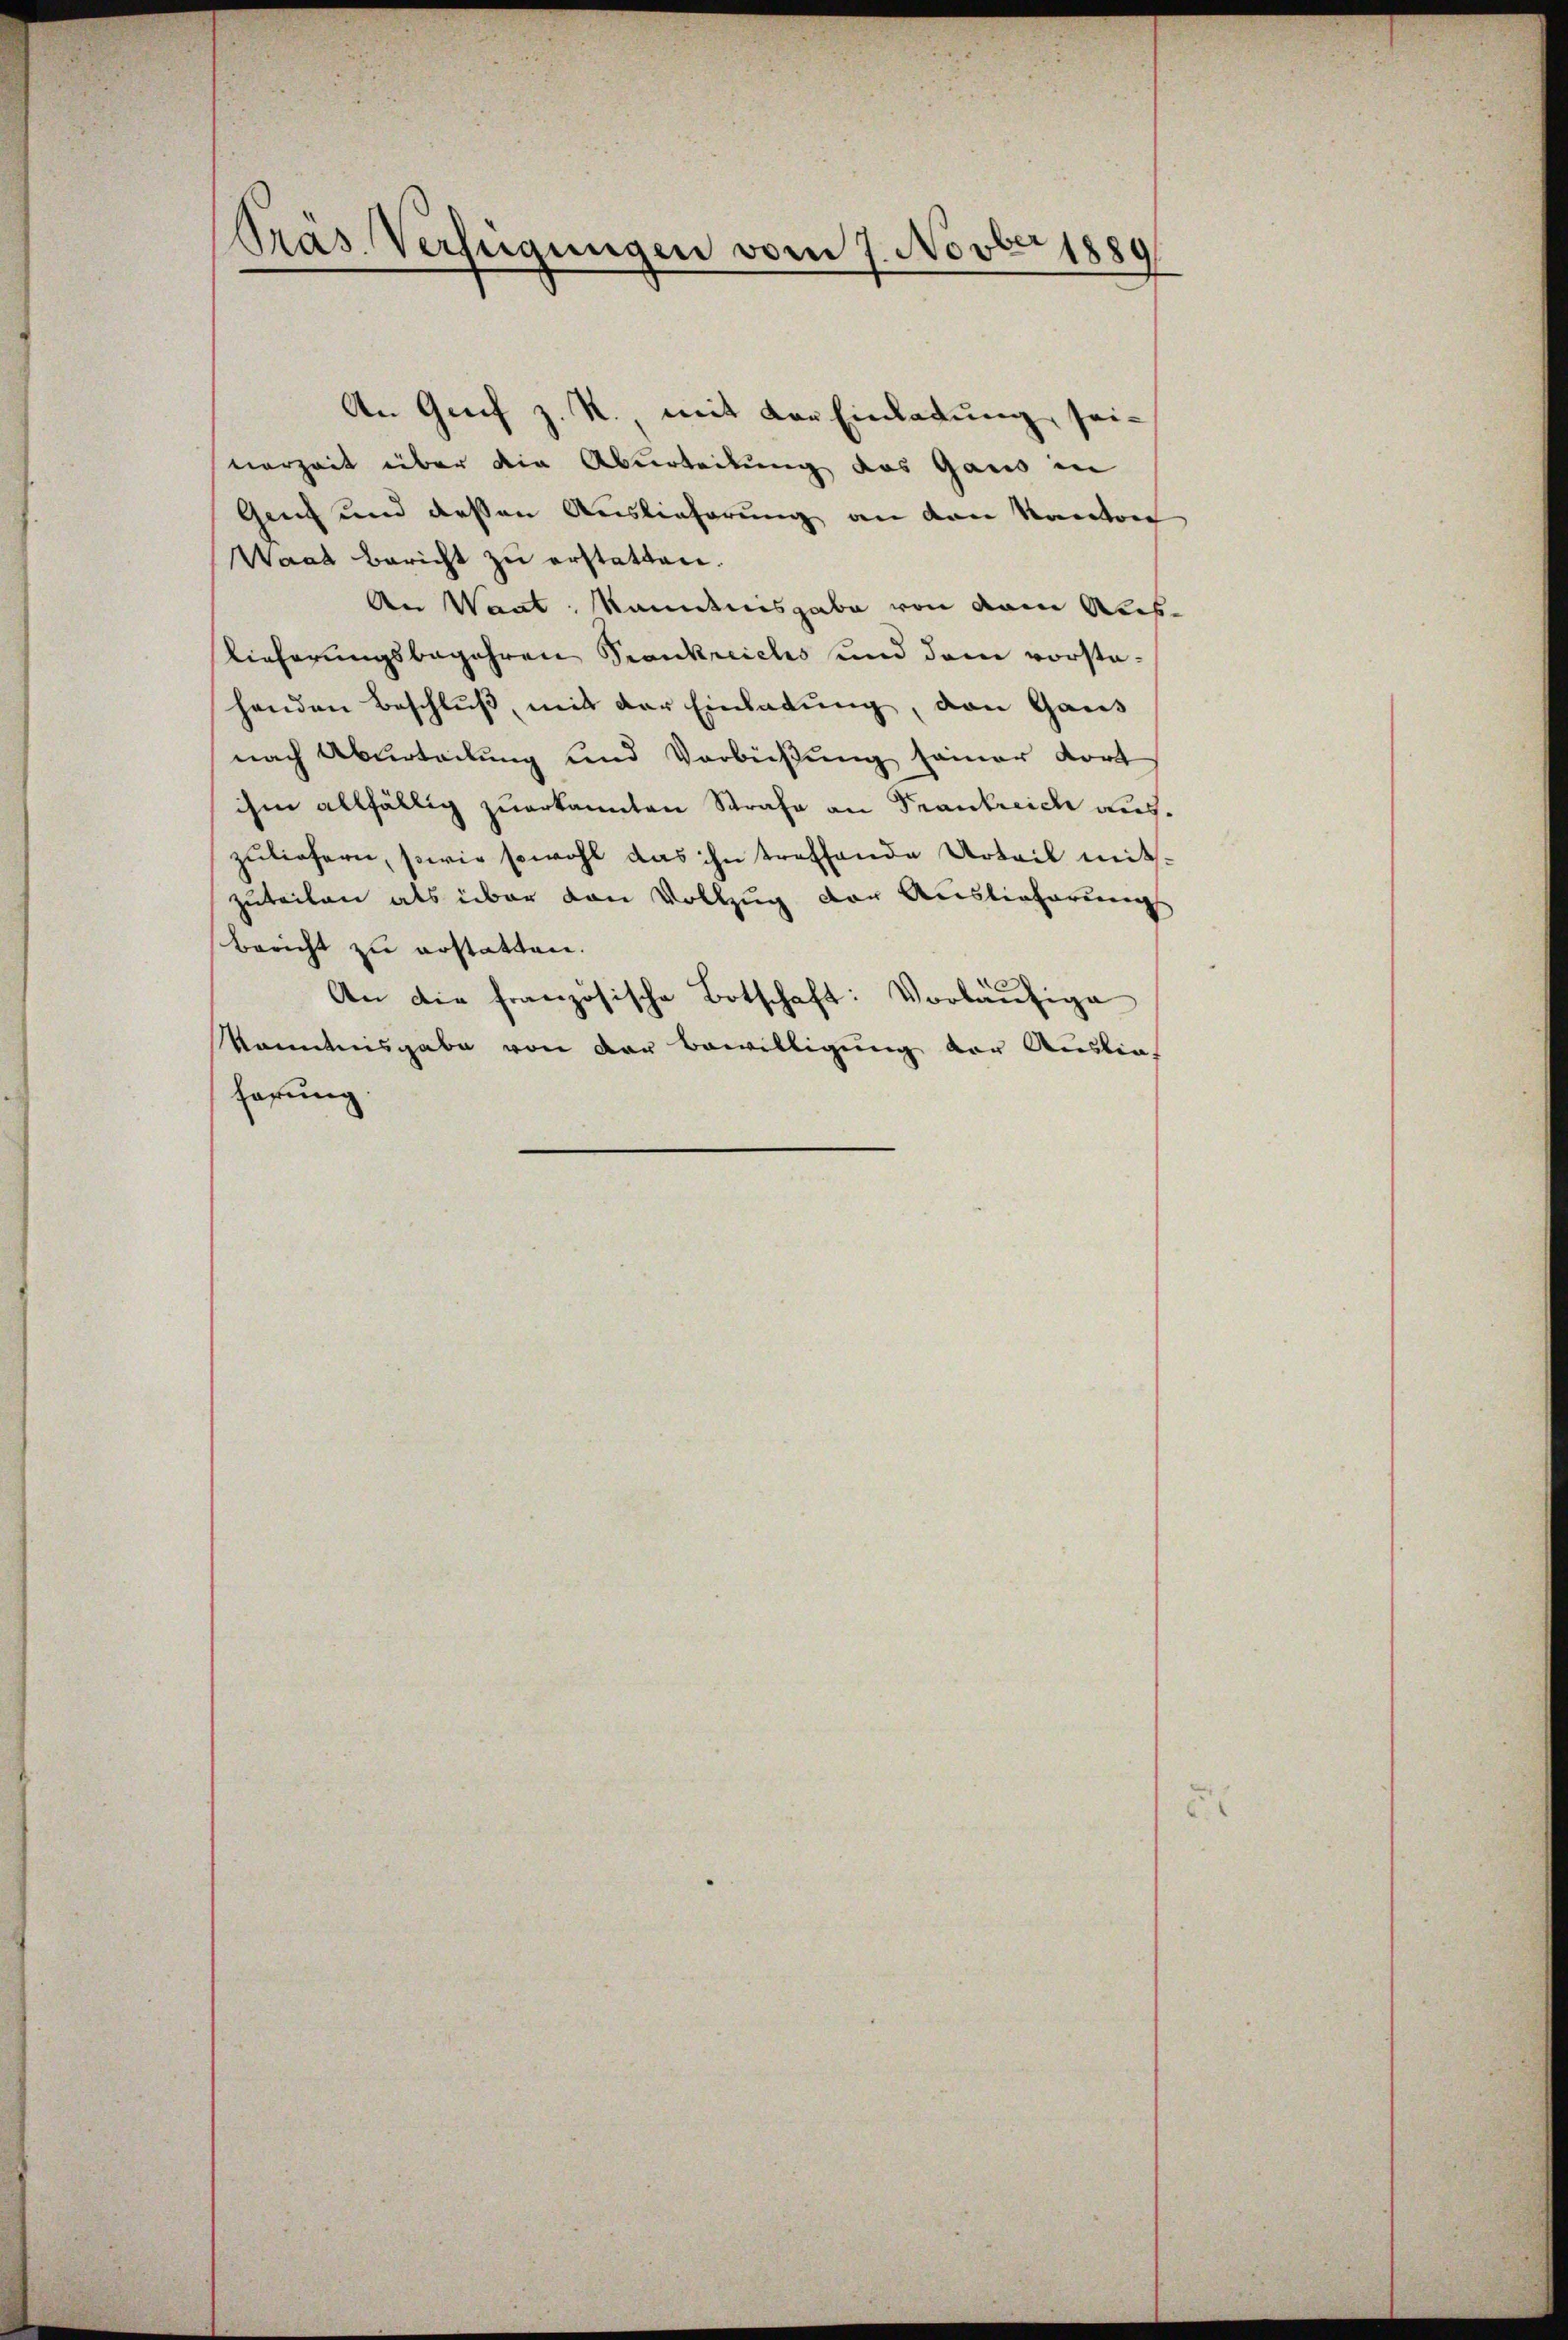
Präs. Verfügungen vom 7. Novber 1889

An Greif z. R., mit der Einladung seiverzeit über die Aburteilung des Gaus in
Genf und dessen Auslieferung an den Kanton
Waat bericht zu erstatten.
An Waat, kanntnisgabe von dem Aus¬
Lieferungsbegehren Pronkreichs und dem vorstahenden Beschluß, mit der Einladung, von Gaus
nach Aburteilung und Verbüßung seiner dort
ihm allfällig zuerkannten Strafe an Frankreich aus.
zuliefern, sowie sowohl das ihn treffende Urteil mitzuteilen als über den Vollzug der Auslieferungs
Bericht zu erstatten.
An die französische Botschaft: Vorläufige
Kenntnisgabe von der Bewilligung der Auslie-
farung